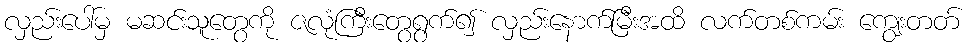
လှည်းပေါ်မှ မဆင်းသူတွေကို ဇလုံကြီးတွေရွက်၍ လှည်းနောက်မြီးအထိ လက်တစ်ကမ်း ကျွေးတတ်